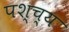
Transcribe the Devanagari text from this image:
पश्च्य